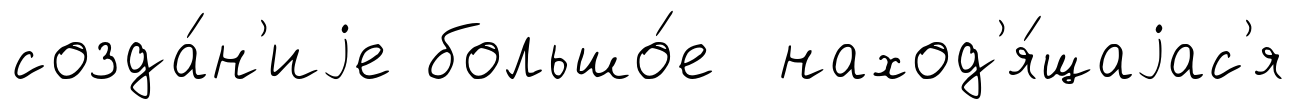
созда́н'иjе большо́е наход'я́щаjас'я